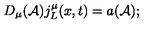
D _ { \mu } ( { \cal A } ) j _ { L } ^ { \mu } ( x , t ) = a ( { \cal A } ) ;